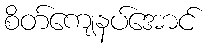
စိတ်ကျေနပ်အောင်